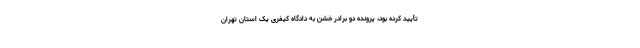
تأیید کرده بود، پرونده دو برادر خشن به دادگاه کیفری یک استان تهران